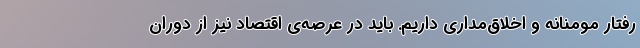
رفتار مومنانه و اخلاق‌مداری داریم. باید در عرصه‌ی اقتصاد نیز از دوران